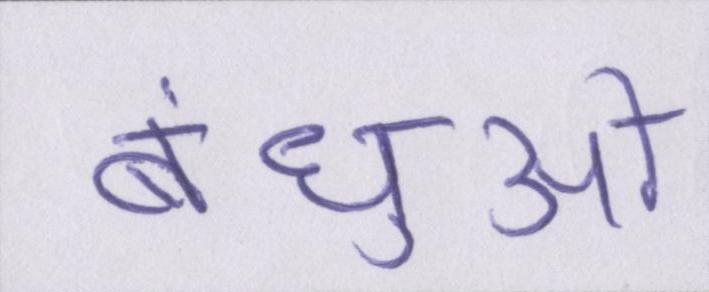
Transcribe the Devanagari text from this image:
बंधुओं